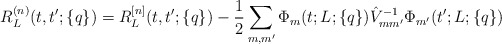
\begin{align*}R_L^{(n)}(t,t';\{q\})= R_L^{[n]}(t,t';\{q\}) -\frac{1}{2}\sum_{m,m'}\Phi_m(t;L;\{q\})\hat V_{mm'}^{-1}\Phi_{m'}(t';L;\{q\})\end{align*}